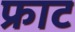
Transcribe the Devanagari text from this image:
फ्राट